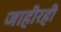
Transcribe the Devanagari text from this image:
जाहीरही